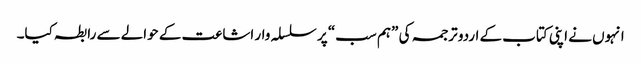
انہوں نے اپنی کتاب کے اردو ترجمہ کی ”ہم سب“ پر سلسلہ وار اشاعت کے حوالے سے رابطہ کیا۔